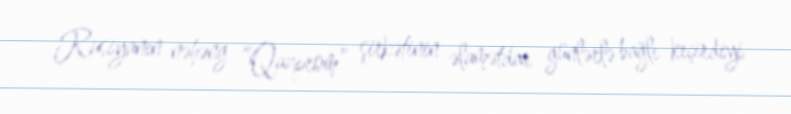
Rusiyanın nəhəng “Qazprom” şirkətinin əlamətdar günlərlə bağlı keçirdiyi